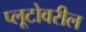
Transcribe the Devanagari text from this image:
प्लूटोवरील